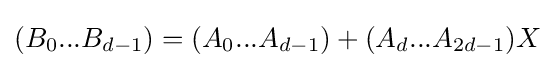
(B_{0}...B_{d-1})=(A_{0}...A_{d-1})+(A_{d}...A_{2d-1})X